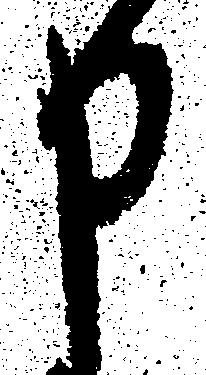
申